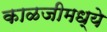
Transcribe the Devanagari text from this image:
काळजीमध्ये